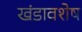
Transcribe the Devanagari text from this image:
खंडावशेष